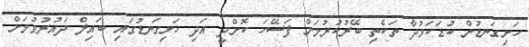
ހަށިގަނޑުން ކުޑަކަމުދާ ތަކެތި ބޭރުކުރުމަށް ފަސޭހަ ކޮށްދީ އަދި ހަށިގަނޑުގައި ބައިލް ދައުރުވުމަށް